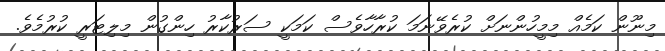
މިނޫން ކަމެއް މިމީހުންނަށް ކުރެވޭނަމަ ކުރާހާވެސް ކަމަކީ ސަރުކާރު ހިންގުން މިލިޓަރީ ކުރުމެވެ.